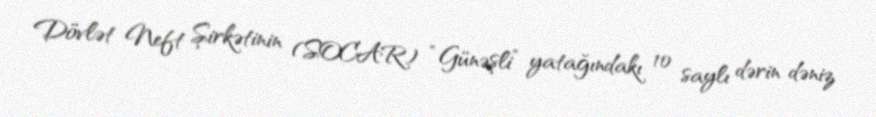
Dövlət Neft Şirkətinin (SOCAR) “Günəşli” yatağındakı 10 saylı dərin dəniz